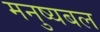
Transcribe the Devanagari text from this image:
मनुष्यबल